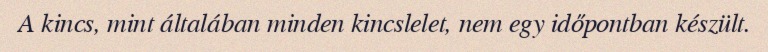
A kincs, mint általában minden kincslelet, nem egy időpontban készült.